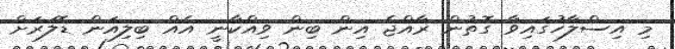
މި އިސްލާހުގައިވާ ގޮތުން ރާއްޖެ އިން ބިން ވިއްކާނީ އެއް ބިލިއަން ޑޮލަރަށް